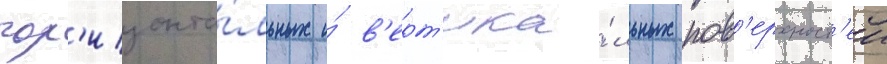
гор'изонта́льных и́ в'ерт'ика́льных пов'ерхност'еи